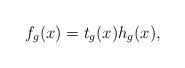
LaTeX: \begin{align*}f_g(x)=t_g(x)h_g(x),\end{align*}